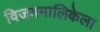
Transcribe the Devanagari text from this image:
विजयमालिकेला